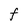
Character: F